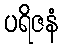
ပရိဇနံ